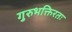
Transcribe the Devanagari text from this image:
गुरुभक्तिरतः